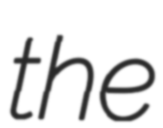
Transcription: the